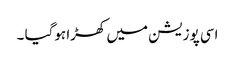
اسی پوزیشن میں کھڑا ہوگیا ۔